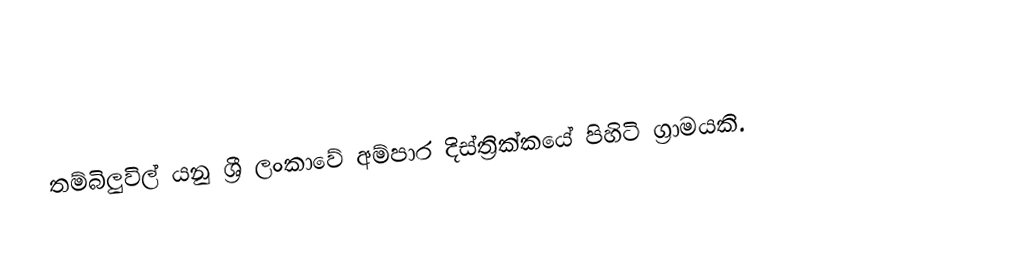
තම්බිලුවිල් යනු ශ්‍රී ලංකාවේ අම්පාර දිස්ත්‍රික්කයේ පිහිටි ග්‍රාමයකි.